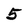
Character: 5